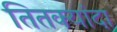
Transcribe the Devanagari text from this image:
तितक्यांदा